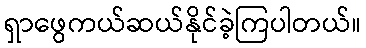
ရှာဖွေကယ်ဆယ်နိုင်ခဲ့ကြပါတယ်။